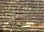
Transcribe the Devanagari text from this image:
राऊळाशी